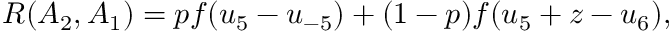
\begin{array} { r } { R ( A _ { 2 } , A _ { 1 } ) = p f ( u _ { 5 } - u _ { - 5 } ) + ( 1 - p ) f ( u _ { 5 } + z - u _ { 6 } ) , } \end{array}